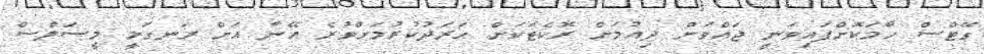
ގޭޓްސް ހާމަކޮށްފައިވަނީ ޖައްވަށް ދިއުމަށް ރޮކެޓަކަށް ހަރަދުކުރުމަށްވުރެ އޭނާ އަށް ރަނގަޅީ މީސަލްސް